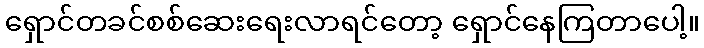
ရှောင်တခင်စစ်ဆေးရေးလာရင်တော့ ရှောင်နေကြတာပေါ့။